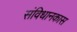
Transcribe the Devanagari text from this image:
संविधानकास